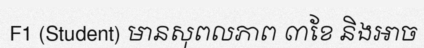
F1 (Student) មានសុពលភាព ៣ខែ និងអាច